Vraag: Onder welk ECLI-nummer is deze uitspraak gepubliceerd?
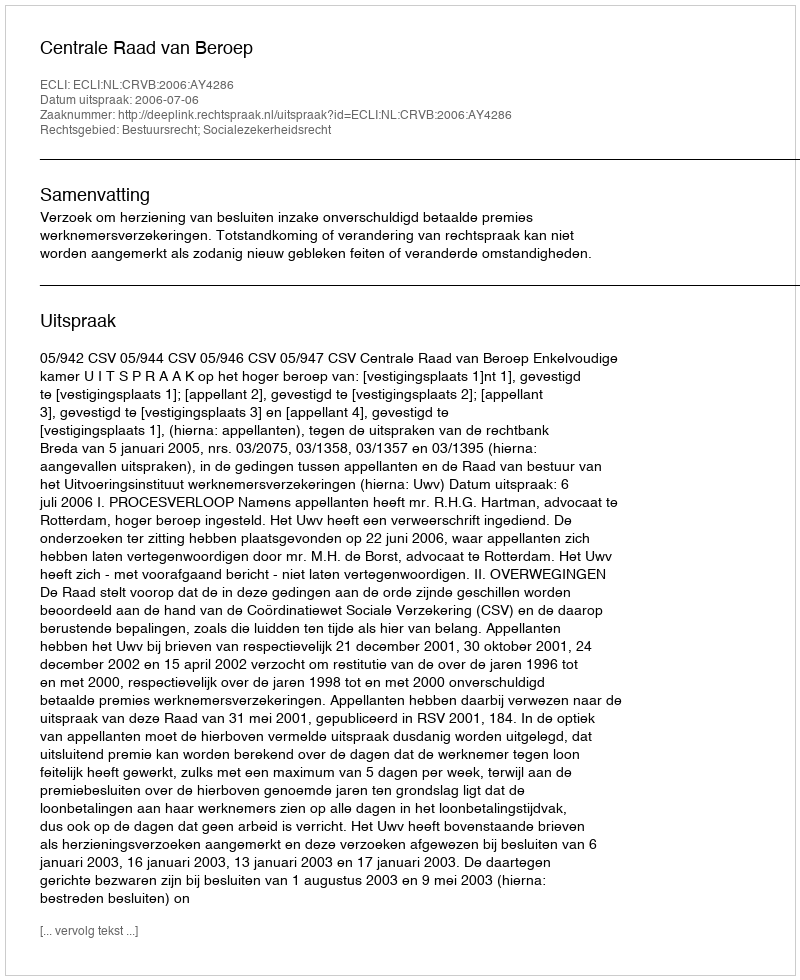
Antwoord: ECLI:NL:CRVB:2006:AY4286